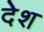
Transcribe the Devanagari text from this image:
देेश